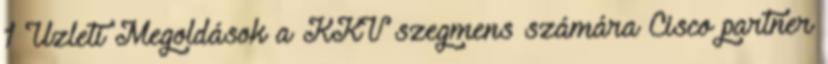
1 Üzleti Megoldások a KKV szegmens számára Cisco partner